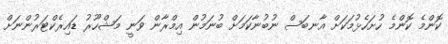
ކޮންމެ ކޮންމެ ހުށަހެޅުމަކަށް އާނބަސް ނުބުނާކަމަށް ބުނަމުން އިމްރާން ވަނީ މަޝްހޫރު ޑައިރެކްޓަރުންނަށް